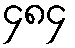
၄၈၄